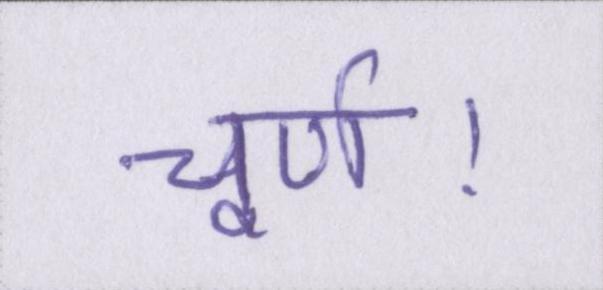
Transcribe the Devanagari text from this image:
चूर्ण।